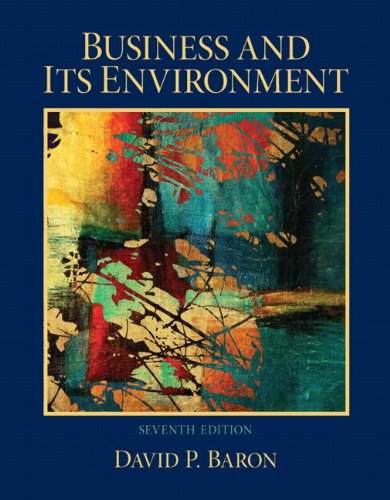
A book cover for Business and Its Environment (7th Edition); David P. Baron; Business & Money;